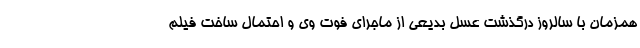
همزمان با سالروز درگذشت عسل بدیعی از ماجرای فوت وی و احتمال ساخت فیلم